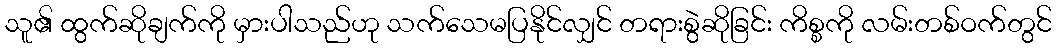
သူ၏ ထွက်ဆိုချက်ကို မှားပါသည်ဟု သက်သေမပြနိုင်လျှင် တရားစွဲဆိုခြင်း ကိစ္စကို လမ်းတစ်ဝက်တွင်